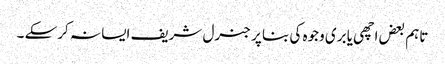
تاہم بعض اچھی یا بری وجوہ کی بنا پر جنرل شریف ایسا نہ کرسکے ۔